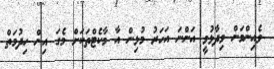
ވެއިންމަން ވިދާޅުވީ އަންނަ އަހަރު މުޅިން އާ މާކެޓްތަކަށް މެގަ އިން ހިދުމަތް